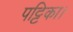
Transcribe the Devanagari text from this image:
पट्टिका।